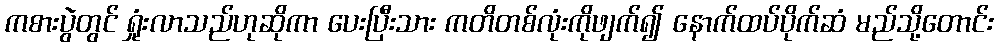
ကစားပွဲတွင် ရှုံးလာသည်ဟုဆိုကာ ပေးပြီးသား ကတိတစ်လုံးကိုဖျက်၍ နောက်ထပ်ပိုက်ဆံ မည်သို့တောင်း